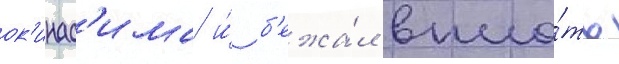
ок'инас'има и́ б'ежа́л впло́ть